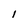
Character: l